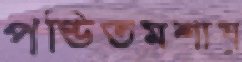
পণ্ডিতমশায়